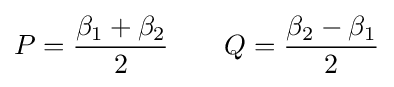
P={\frac {\beta _{1}+\beta _{2}}{2}}\qquad Q={\frac {\beta _{2}-\beta _{1}}{2}}